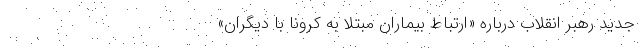
جدید رهبر انقلاب درباره «ارتباط بیماران مبتلا به کرونا با دیگران»